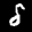
Label: 8